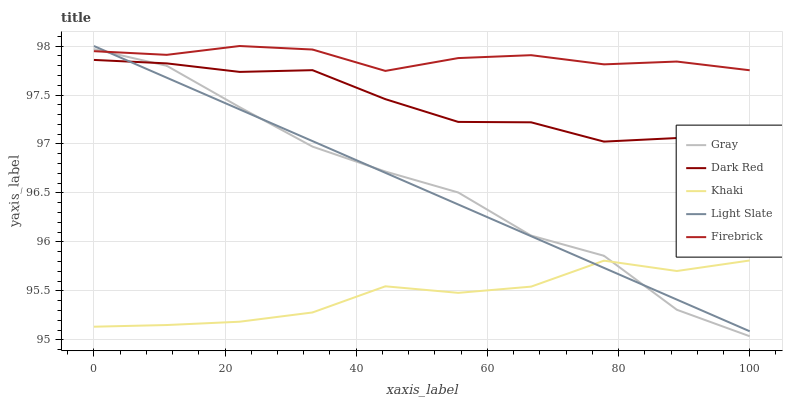
| xaxis_label | Gray | Dark Red | Khaki | Light Slate | Firebrick |
 | --- | --- | --- | --- | --- | --- |
 | 0 | 98 | 97.9 | 95.1 | 98 | 97.9 |
 | 11.1 | 97.8 | 97.8 | 95.2 | 97.7 | 97.9 |
 | 22.2 | 97.4 | 97.7 | 95.2 | 97.4 | 98 |
 | 33.3 | 97 | 97.8 | 95.3 | 97 | 98 |
 | 44.4 | 96.7 | 97.5 | 95.5 | 96.7 | 97.7 |
 | 55.6 | 96.5 | 97.2 | 95.5 | 96.4 | 97.9 |
 | 66.7 | 96.1 | 97.2 | 95.5 | 96.1 | 97.9 |
 | 77.8 | 95.9 | 97 | 95.8 | 95.7 | 97.8 |
 | 88.9 | 95.3 | 97.1 | 95.7 | 95.4 | 97.8 |
 | 100 | 95 | 96.9 | 95.8 | 95.1 | 97.8 |